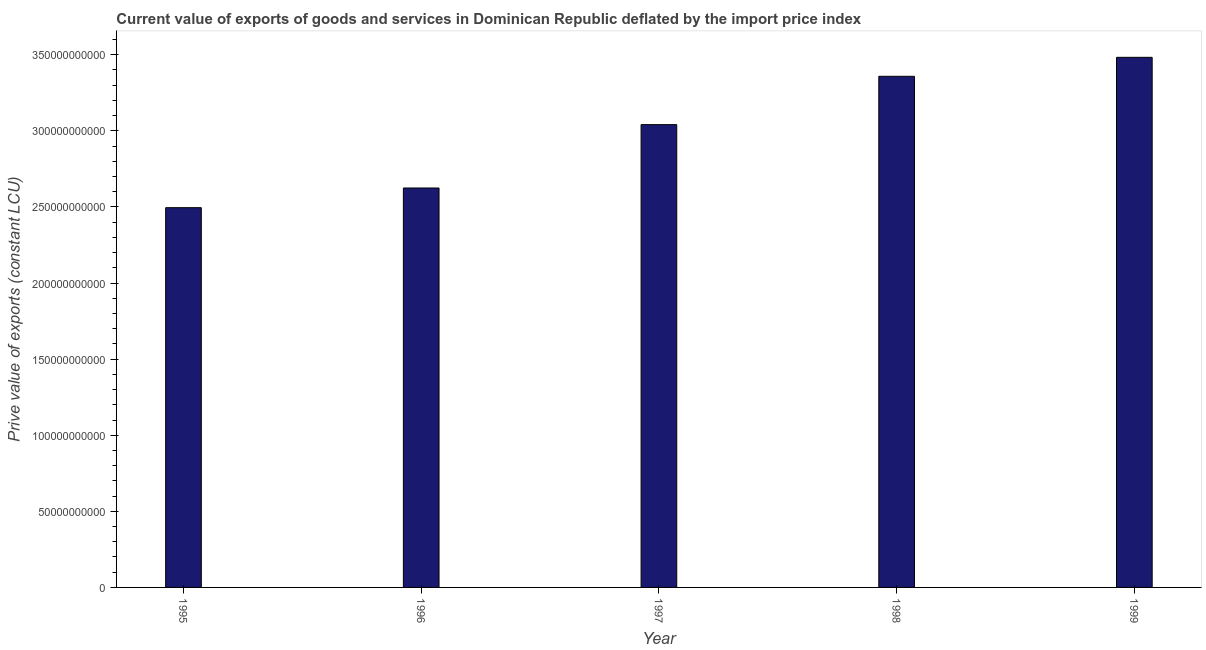
| Year | Exports as a capacity to import (constant LCU) |
 | --- | --- |
 | 1995 | 2.5e+11 |
 | 1996 | 2.62e+11 |
 | 1997 | 3.04e+11 |
 | 1998 | 3.36e+11 |
 | 1999 | 3.48e+11 |